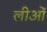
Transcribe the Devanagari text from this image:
लीओं